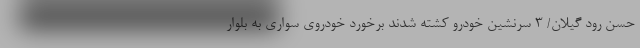
حسن رود گیلان/ 3 سرنشین خودرو کشته شدند برخورد خودروی سواری به بلوار